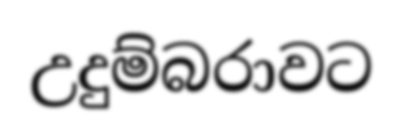
උදුම්බරාවට